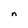
Character: n